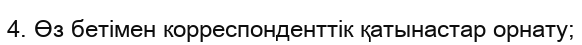
4. Өз бетімен корреспонденттік қатынастар орнату;